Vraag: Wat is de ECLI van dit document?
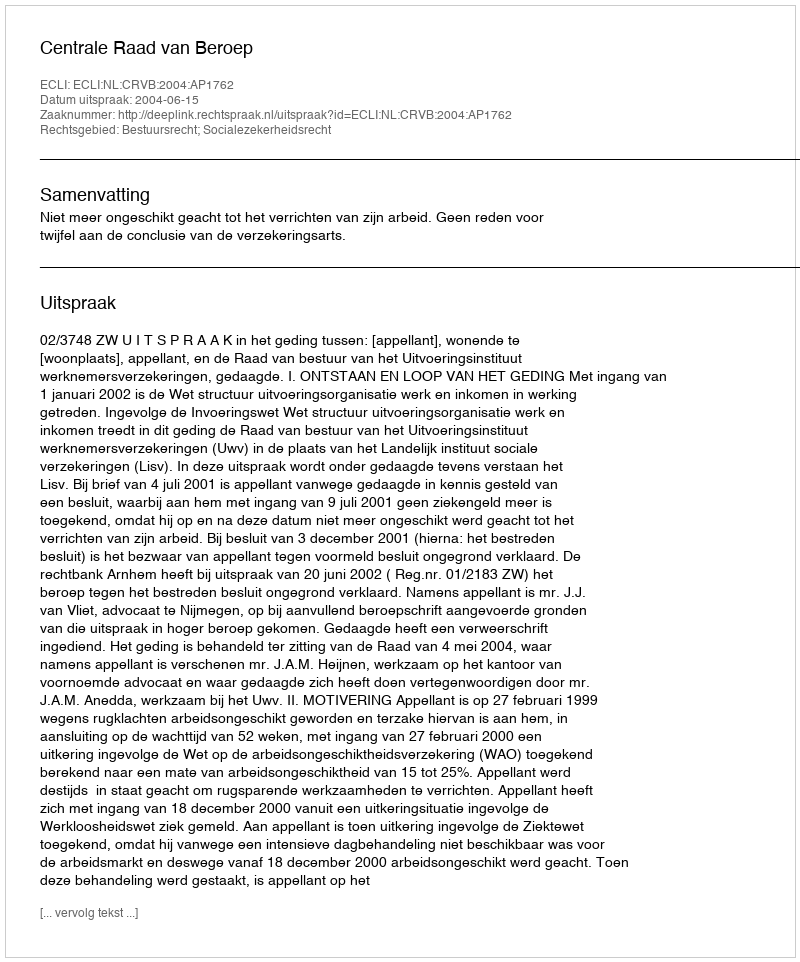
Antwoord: ECLI:NL:CRVB:2004:AP1762